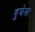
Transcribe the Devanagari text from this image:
बुघेल